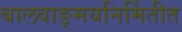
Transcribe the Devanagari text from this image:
बालवाङ्मयनिर्मितीत